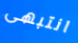
انتبهى